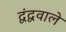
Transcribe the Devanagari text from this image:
द्वंद्ववाले